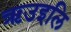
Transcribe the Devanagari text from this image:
ऋउइलि